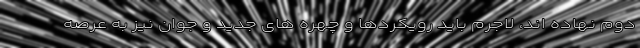
دوم نهاده اند، لاجرم باید رویکردها و چهره های جدید و جوان نیز به عرصه